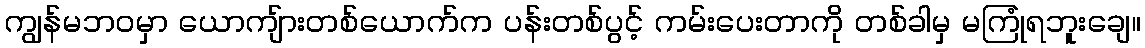
ကျွန်မဘဝမှာ ယောကျ်ားတစ်ယောက်က ပန်းတစ်ပွင့် ကမ်းပေးတာကို တစ်ခါမှ မကြုံရဘူးချေ။